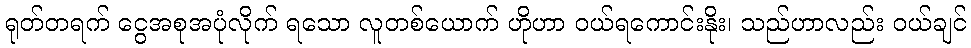
ရုတ်တရက် ငွေအစုအပုံလိုက် ရသော လူတစ်ယောက် ဟိုဟာ ဝယ်ရကောင်းနိုး၊ သည်ဟာလည်း ဝယ်ချင်